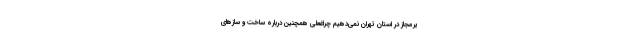
یرمجاز در استان تهران نمی‌دهیم چراغعلی همچنین درباره ساخت و سازهای